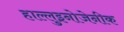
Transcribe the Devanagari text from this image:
हाल्लुइनोजेनीक